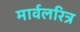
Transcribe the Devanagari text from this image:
मार्वलरित्र